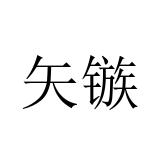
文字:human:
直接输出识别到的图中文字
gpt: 矢镞